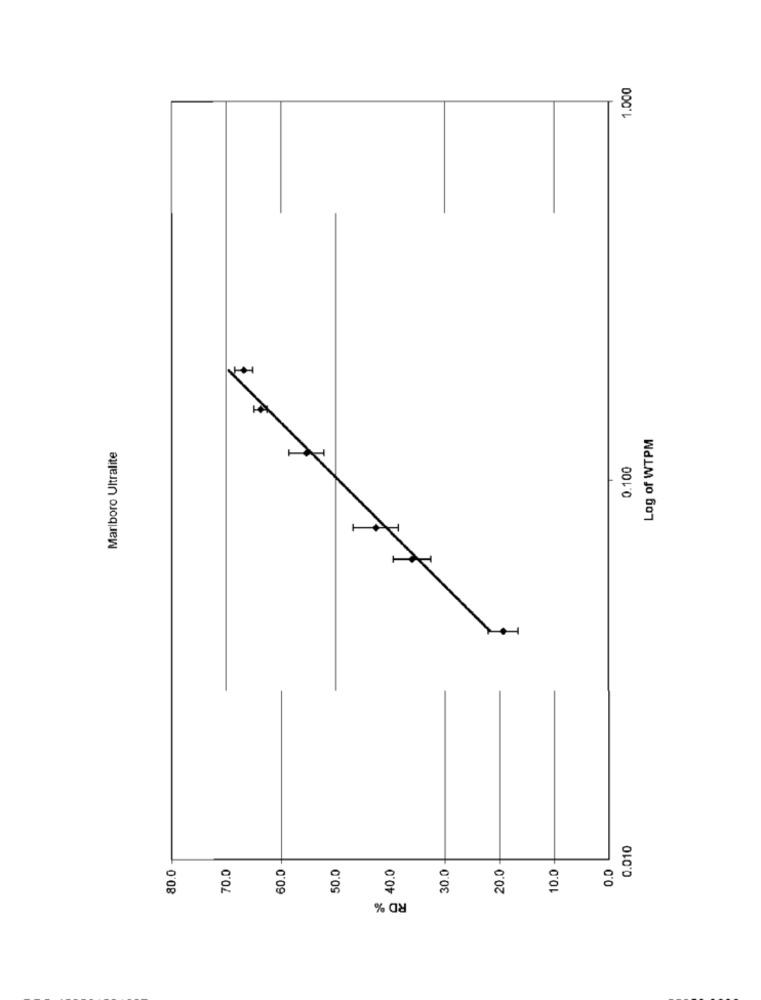
1.000
Log of WTPM
Marlboro Ultralite
0.100
0.010
70.0
50.0
40.0
30.0
20.0
0.0
80.0
60.0
10.0
RD %